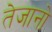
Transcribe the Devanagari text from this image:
तेजानो